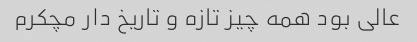
عالی بود همه چیز تازه و تاریخ دار مچکرم